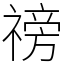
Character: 䄘